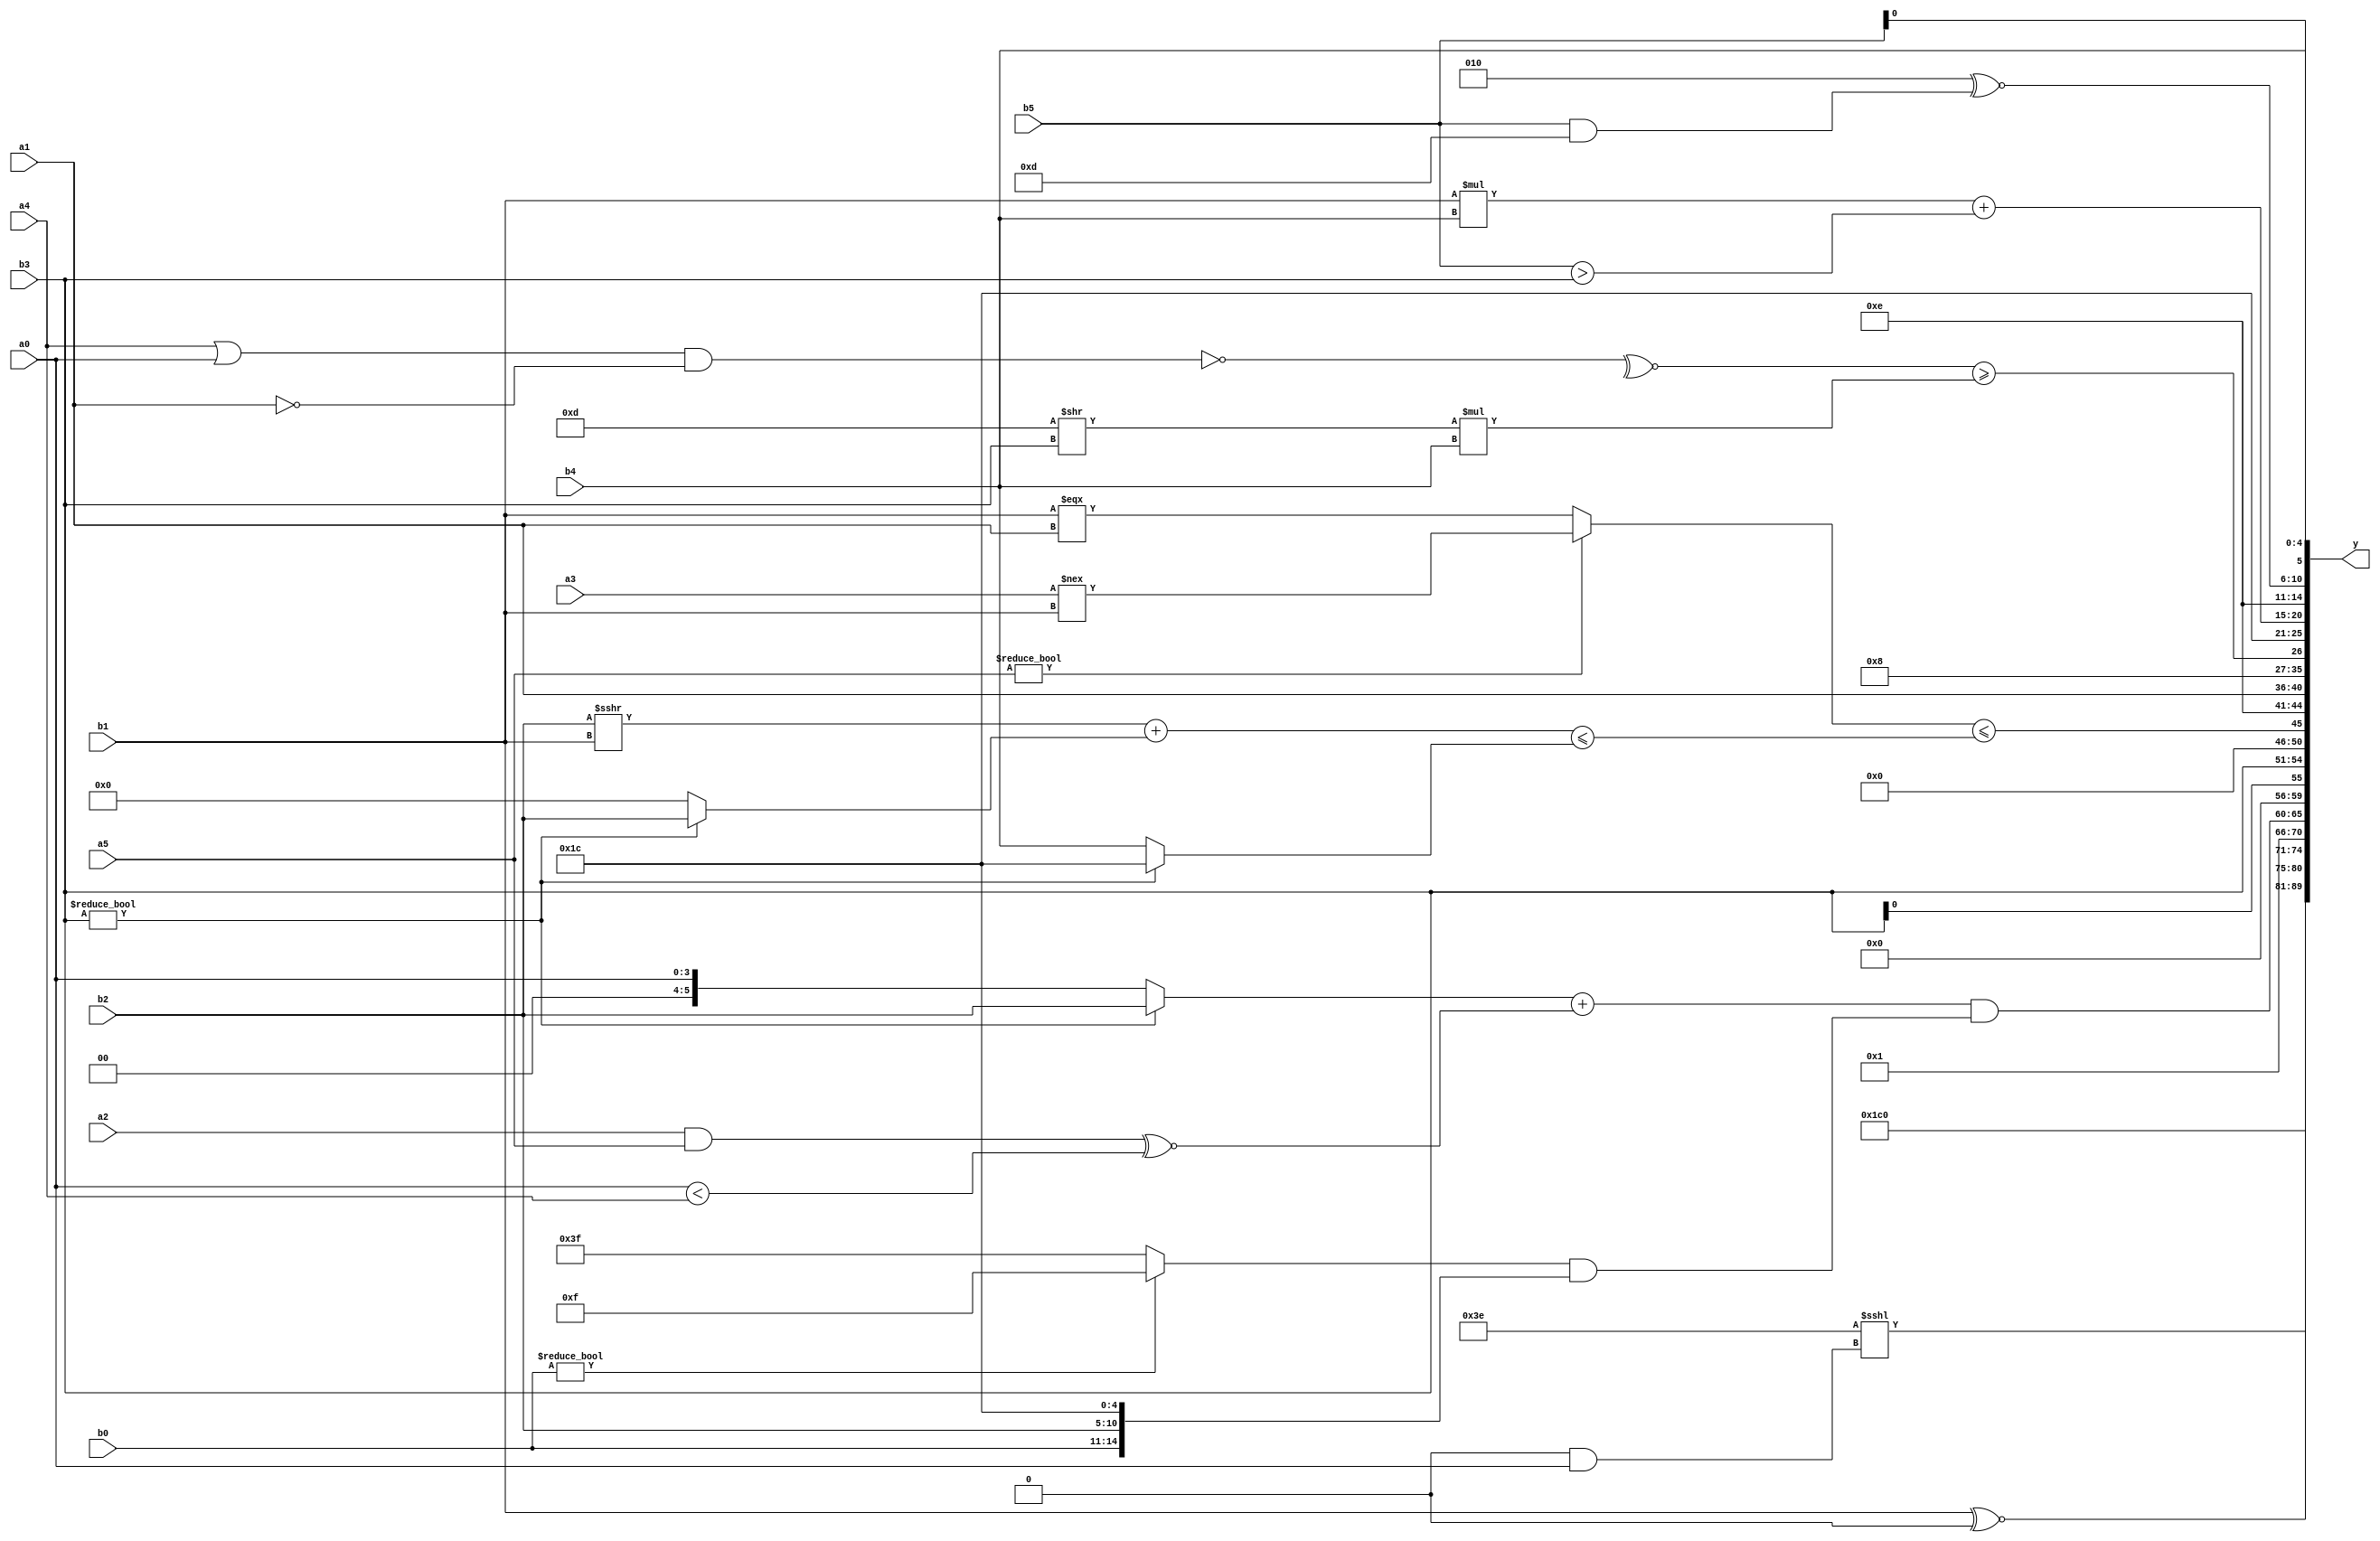
module expression_00560(a0, a1, a2, a3, a4, a5, b0, b1, b2, b3, b4, b5, y);
  input [3:0] a0;
  input [4:0] a1;
  input [5:0] a2;
  input signed [3:0] a3;
  input signed [4:0] a4;
  input signed [5:0] a5;

  input [3:0] b0;
  input [4:0] b1;
  input [5:0] b2;
  input signed [3:0] b3;
  input signed [4:0] b4;
  input signed [5:0] b5;

  wire [3:0] y0;
  wire [4:0] y1;
  wire [5:0] y2;
  wire signed [3:0] y3;
  wire signed [4:0] y4;
  wire signed [5:0] y5;
  wire [3:0] y6;
  wire [4:0] y7;
  wire [5:0] y8;
  wire signed [3:0] y9;
  wire signed [4:0] y10;
  wire signed [5:0] y11;
  wire [3:0] y12;
  wire [4:0] y13;
  wire [5:0] y14;
  wire signed [3:0] y15;
  wire signed [4:0] y16;
  wire signed [5:0] y17;

  output [89:0] y;
  assign y = {y0,y1,y2,y3,y4,y5,y6,y7,y8,y9,y10,y11,y12,y13,y14,y15,y16,y17};

  localparam [3:0] p0 = (-((-5'sd15)^~{{1{(4'd4)}},(5'sd15),(2'd0)}));
  localparam [4:0] p1 = (5'd13);
  localparam [5:0] p2 = {1{((-{3{(4'd7)}})<=((3'sd3)==(4'sd1)))}};
  localparam signed [3:0] p3 = {1{{4{((3'd6)!=(5'd19))}}}};
  localparam signed [4:0] p4 = {3{{3{(3'd5)}}}};
  localparam signed [5:0] p5 = (!(+{3{(5'd2 * (2'd0))}}));
  localparam [3:0] p6 = ({4{(2'd2)}}?(-5'sd8):(((-5'sd6)?(5'd25):(2'sd1))&((3'd1)?(4'd12):(5'sd13))));
  localparam [4:0] p7 = (((5'd31)?(2'd1):(3'd0))?(((5'd18)>>(3'd5))&(3'd0)):{4{(2'd1)}});
  localparam [5:0] p8 = ((((-4'sd2)>(-3'sd2))!=(4'sd5))>>>{(2'd1),(-3'sd2),(2'sd1)});
  localparam signed [3:0] p9 = (^(~((2'd2)<(-2'sd1))));
  localparam signed [4:0] p10 = ((((4'd1)&&(2'd1))+((2'd2)==(2'sd0)))?({2{(5'sd3)}}^(|(4'd13))):((4'd2 * (2'd3))&((-3'sd2)?(4'd12):(3'd3))));
  localparam signed [5:0] p11 = ((^(5'sd11))|{2{(-2'sd1)}});
  localparam [3:0] p12 = (((4'sd7)?(5'sd14):(4'd10))=={3{(2'd1)}});
  localparam [4:0] p13 = {{({(&(-2'sd1)),((5'sd4)||(2'sd0)),{(-2'sd1),(3'd2),(2'd2)}}!=={(-((4'd4)?(3'd5):(3'd4))),((4'd9)^~(3'd7))})}};
  localparam [5:0] p14 = (+((~^(+(((3'd5)!==(3'd7))!=((3'sd0)-(2'sd0)))))>>((-((2'd3)%(-2'sd1)))^((2'd2)*(5'd30)))));
  localparam signed [3:0] p15 = {((4'sd6)-(3'sd0)),((4'd2)-(3'd5))};
  localparam signed [4:0] p16 = ({2{(2'd1)}}?(5'd28):{3{(-2'sd1)}});
  localparam signed [5:0] p17 = ((~&(&(-5'sd2)))+(~|(&(4'd10))));

  assign y0 = {((p15^~p2)<<{p1}),{((p4&p10)^~(p1?p5:p3))}};
  assign y1 = (&{((^(|p12))^~(b3>=b3)),{(b3==a3),{p17},{p3,b5}}});
  assign y2 = (((~|p3)?(p13<<p4):(-p10))<<<({2{p7}}&$unsigned(a0)));
  assign y3 = ((p15?b1:p7)^~((p6<=p8)&{p17}));
  assign y4 = (~&{(~|(!(~({b3,a5}^{a5})))),((b3===b0)?(!a5):(2'sd1))});
  assign y5 = $signed((((b3?b2:a0)+((a2&&a5)^~(a0<a4)))&((b0?p11:p3)&&{b0,b2,p16})));
  assign y6 = (^((~&((~^p14)?(^p6):(^p13)))&&((|(&p6))/p15)));
  assign y7 = {4{{2{{3{b3}}}}}};
  assign y8 = ((($unsigned(($signed(a5)?(a3!==b1):(b1===a1)))))<=(((b2>>>b1)+(b3?b2:p14))<=(b3?p16:b4)));
  assign y9 = ((p17?p16:p16)?(5'sd14):(+p17));
  assign y10 = {3{(a1<<p12)}};
  assign y11 = {4{{3{p5}}}};
  assign y12 = (~|(&(&(-(~&((~^(+(~((a4|a0)&(~a1)))))>=((p15>>b3)*((+b4)))))))));
  assign y13 = (+p16);
  assign y14 = ((b1*b4)+(b5>b3));
  assign y15 = ({3{{3{{1{p0}}}}}});
  assign y16 = $unsigned(((p17&p11)^~((b5&p4))));
  assign y17 = {{{b1,p8}},{{b4,a1,b5},{b4}}};
endmodule